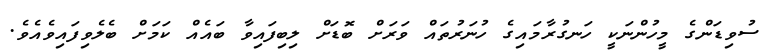
ސުވިޑަންގެ މީހުންނަކީ ހަނގުރާމައިގެ ހުނަރުތައް ވަރަށް ބޮޑަށް ލިބިފައިވާ ބައެއް ކަމަށް ބެލެވިފައިވެއެވެ.